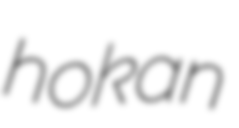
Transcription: hoːkan